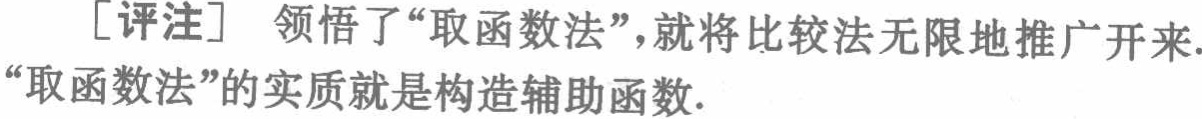
[评注] 领悟了“取函数法”，就将比较法无限地推广开来.“取函数法”的实质就是构造辅助函数.